system: You are a helpful assistant.
user:
Analyze the provided spectrum to determine if it is a **Carbon Star (C-type)**.

- **Key Visual Indicators of Carbon Star:**
    - **(Primary):** Strong molecular absorption from **C₂ (diatomic carbon) "Swan Bands."** This is the **defining feature** of a carbon star.
        - **(Key Bandheads):** Sharp absorption edges are visible at approximately $5635$ Å, $5165$ Å (the strongest band), and $4737$ Å.
        - **(Line Profile):** Creates a distinct **"saw-tooth"** pattern. The key morphology is a sharp, steep bandhead on the **red (long-wavelength) side**, which then gradually tapers off (i.e., flux recovers) towards the **blue (short-wavelength) side**. *(This is the direct opposite of the TiO bands seen in M-type stars)*.

    - **(Secondary):** Intense **CN (cyanogen)** molecular absorption bands.
        - **(Key Bandheads):** Located in the blue and violet regions of the spectrum (e.g., near $4215$ Å and $3883$ Å).
        - **(Morphology):** These bands are extremely broad and act as a "blanket," absorbing the vast majority of blue and violet light. This creates a characteristic **"cliff"** or **"steep drop-off"** in the spectrum's flux at short wavelengths.

    - **(Key Confirmation):** Strong **CH absorption band (G-band)**.
        - **(Key Bandhead):** Located around $4300$ Å. The contribution from CH molecules to this band is exceptionally strong.

    - **(Overall Spectrum):**
        - The continuum is severely "chopped up" by these deep molecular bands, especially C₂, rather than appearing as a smooth curve.
        - Due to the heavy CN and C₂ absorption in the blue-green, the vast majority of the star's flux is concentrated in the red part of the spectrum, giving the star its characteristic deep red color.

Think first, call **spectral_visualization_tool** if needed to examine features in detail, then provide your final answer. Your response must adhere to the following strict rules:
1.  **Overall Structure:** Your response must follow the format `<think>...</think> <tool_call>...</tool_call> (if a tool is used) <answer>...</answer>`.
2.  **Tool Usage Constraint:** You may only make **one** tool call per turn.
3.  **Final Answer Format:** In the `<answer>` tag, your conclusion must be inside a `\boxed{}` command (e.g., `\boxed{YES}`), followed by your justification.

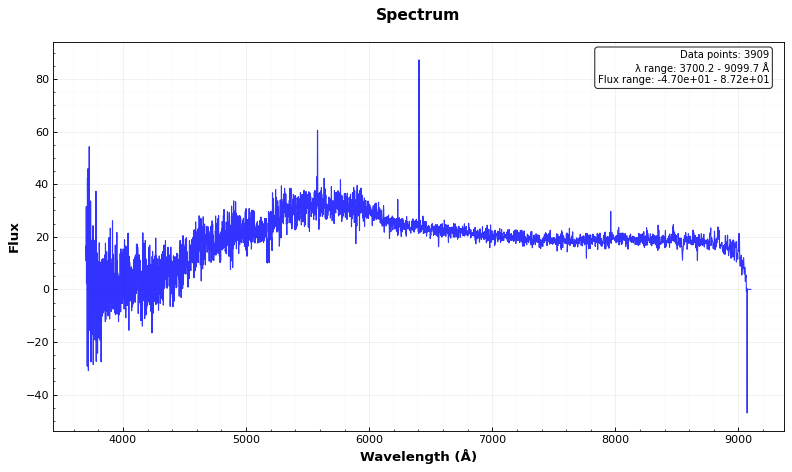
Answer: NO